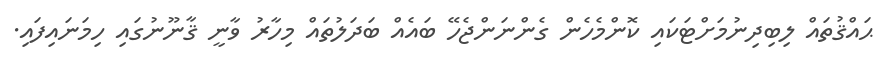
ޙައްޤުތައް ލިބިދިނުމަށްޓަކައި ކޮންމެހެން ގެންނަންޖެހޭ ބައެއް ބަދަލުތައް މިހާރު ވާނީ ޤާނޫނުގައި ހިމަނައިފައި.